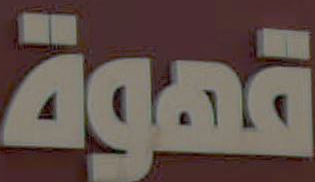
قهوة